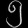
Digit: ၅